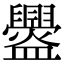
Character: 𥃘